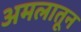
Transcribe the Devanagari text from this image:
अमलातून